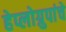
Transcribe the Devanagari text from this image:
हेप्लोग्रुपांचे